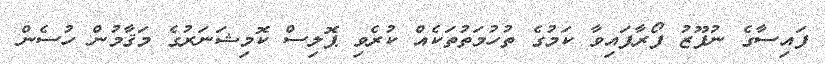
ފައިސާގެ ނުފޫޒު ފޯރާފައިވާ ކަމުގެ ތުހުމަތުތަކެއް ކުރެވި ޕޮލިސް ކޮމިޝަނަރުގެ މަޤާމުން ހުސެން